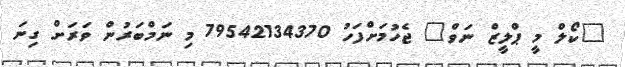
"ކޯލް މީ ޕްލީޒް ނަވް" ޖެހުމަށްފަހު 79542134370 މި ނަމްބަރުން ވަރަށް ގިނަ